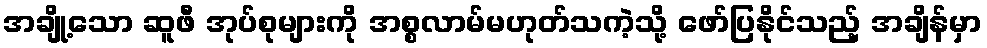
အချို့သော ဆူဖီ အုပ်စုများကို အစ္စလာမ်မဟုတ်သကဲ့သို့ ဖော်ပြနိုင်သည့် အချိန်မှာ